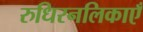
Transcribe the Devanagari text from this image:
रुधिरनलिकाएँ